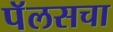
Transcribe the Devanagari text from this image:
पॅलसचा